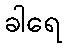
ခါရေ